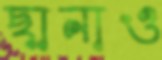
ছানাও